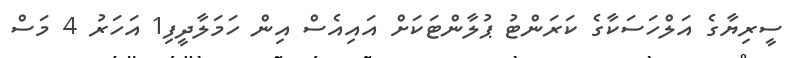
ސީރިޔާގެ އަލްހަސަކާގެ ކަރަންޓު ޕުލާންޓަކަށް އައިއެސް އިން ހަމަލާދީފި1 އަހަރު 4 މަސް